Civil Veterinary Department. Madras. Admin. report 1926-33 - 1926-1933
Year: 1926
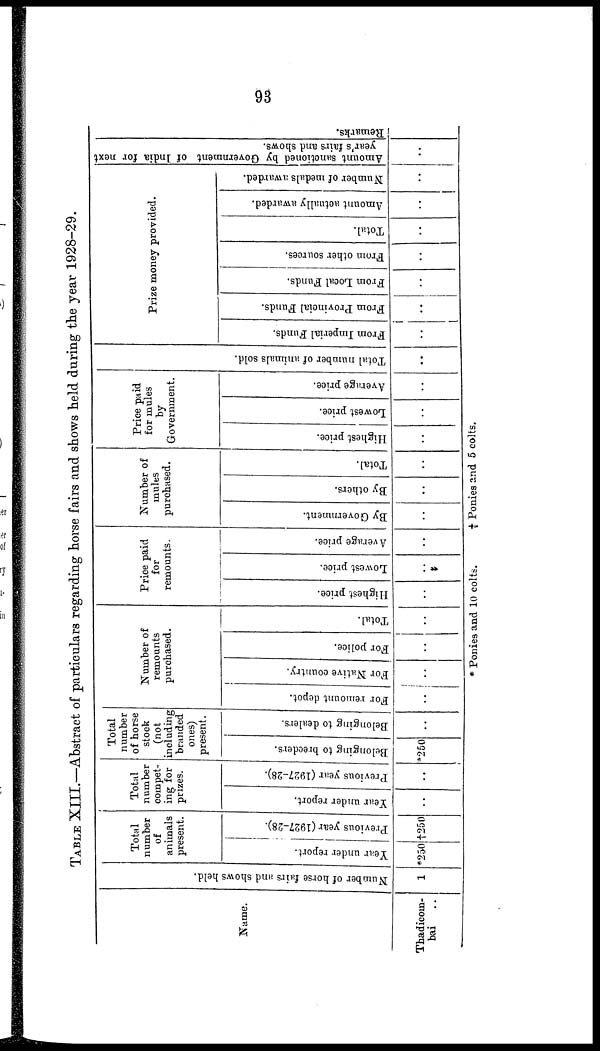
93
TABLE XIII.—Abstract of particulars regarding horse fairs and shows held during the year 1928-29.
Name.
Thadicom-
bai ..
Number of horse fairs and shows held.
1
Total
number
of
animals
present.
Year under report.
*250
Previous year (1927-28).
†250
Total
number
compet-
ing for
prizes.
Year under report.
..
Previous year (1927-28).
..
Total
number
of horse
stock
(not
including
branded
ones)
present.
Belonging to breeders.
*250
Belonging to dealers.
..
Number of
remounts
purchased.
For r e mo u n t depot .
..
For
Native country.
..
For police.
..
Total.
..
Price paid
for
remounts.
Highest price.
..
Lowest price.
..
Average price.
..
Number of
mules
purchased.
By Government.
..
By others.
..
Total.
..
Price paid
for mules
by
Government.
Highest price.
..
Lowest price.
..
Average price.
..
Total number of animals sold.
..
Prize money provided.
Fr om I mp e r i a l Funds .
..
From Provincial Funds.
..
From Local Funds.
..
From other sources.
..
Total.
..
Amount actually awarded.
..
Nu mb e r of medals awarded.
..
Amount sanctioned by Government of India for next
year's fairs and shows.
..
Remarks.
* Ponies and 10 colts.
†
Ponies and 5 colts.